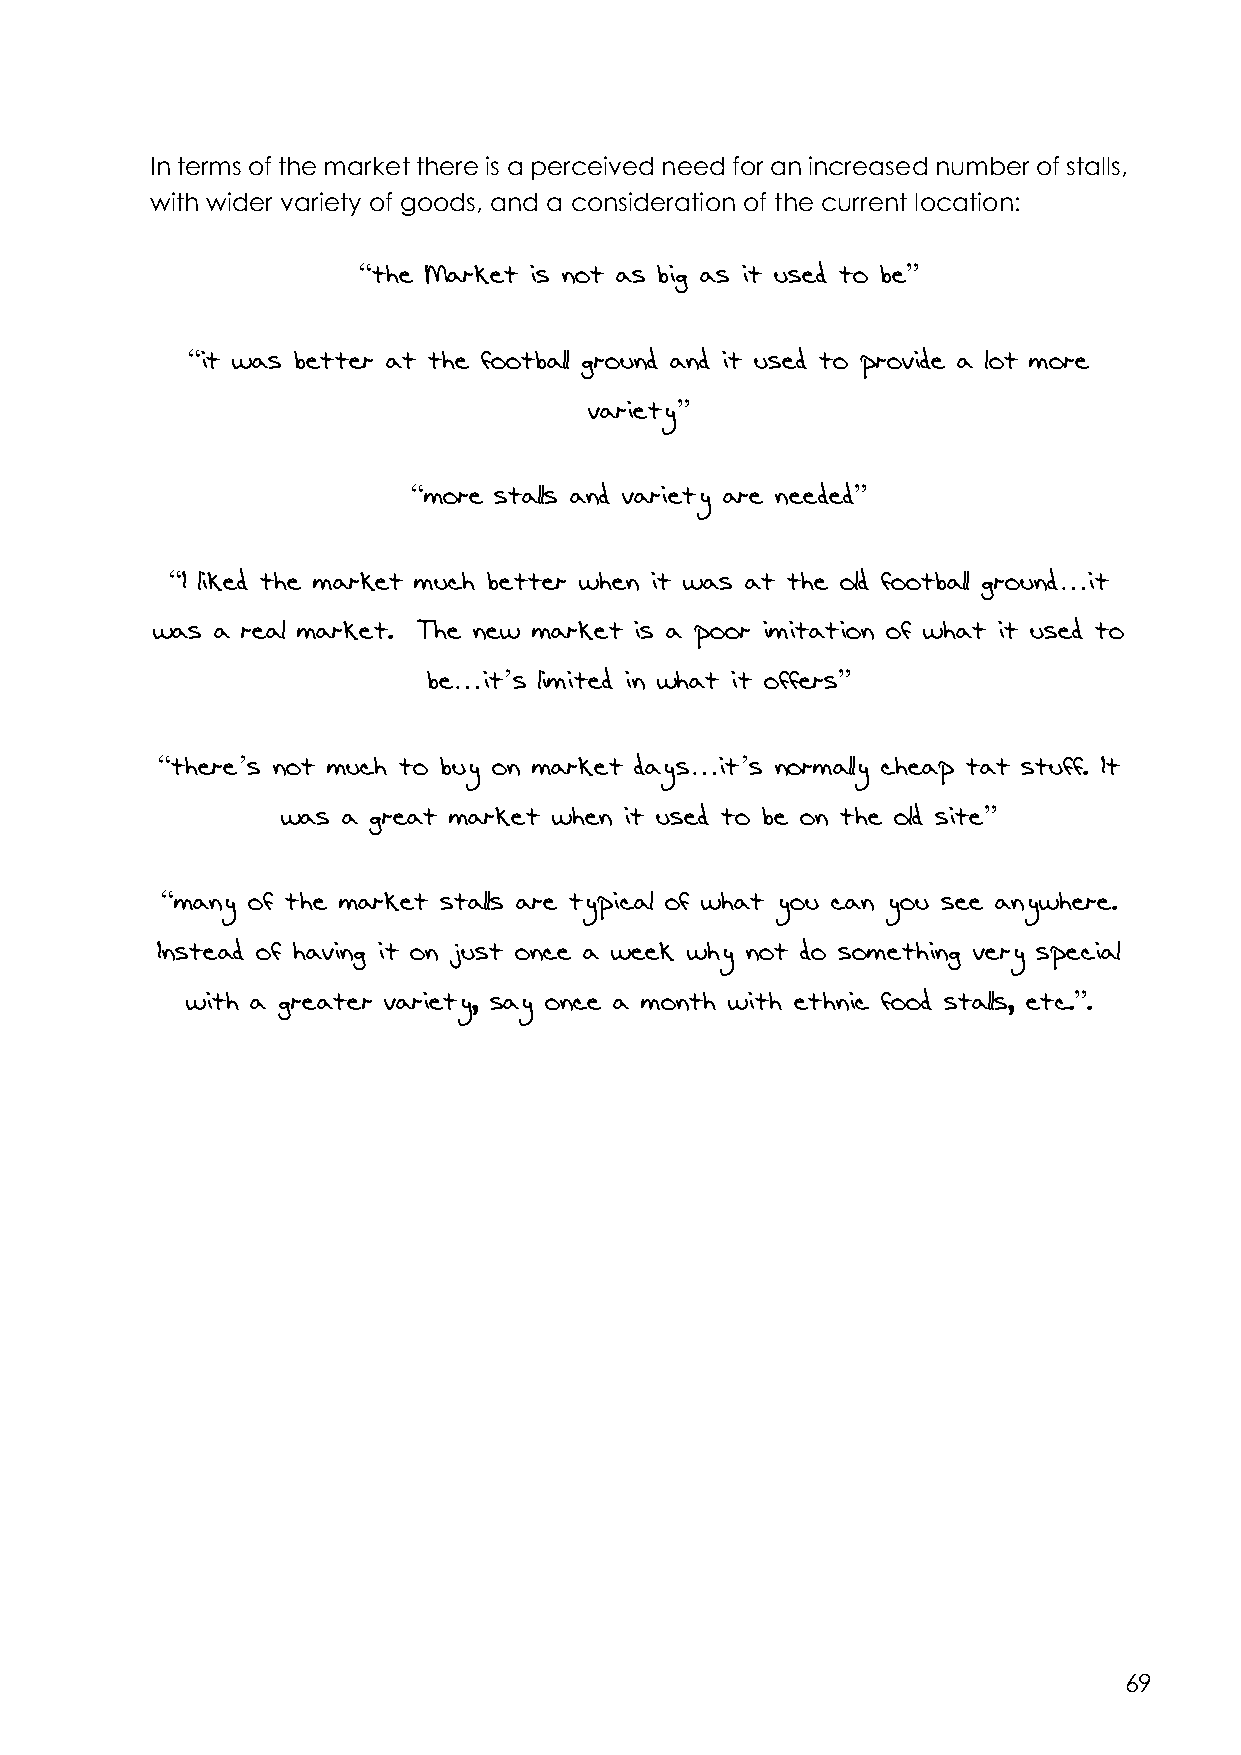
In terms of the market there is a perceived need for an increased number of stalls,
 with wider variety of goods, and a consideration of the current location:
 “the Market is not as big as it used to be”
 “it was better at the football ground and it used to provide a lot more
 variety”
 “more stalls and variety are needed”
 “I liked the market much better when it was at the old football ground…it
 was a real market. The new market is a poor imitation of what it used to
 be…it’s limited in what it offers”
 “there’s not much to buy on market days…it’s normally cheap tat stuff. It
 was a great market when it used to be on the old site”
 “many of the market stalls are typical of what you can you see anywhere.
 Instead of having it on just once a week why not do something very special
 with a greater variety, say once a month with ethnic food stalls, etc.”.
 69